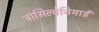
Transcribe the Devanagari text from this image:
ट्रांसिल्वेनियाई